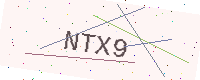
Text: NTX9